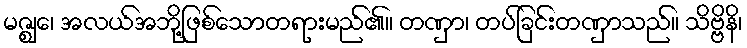
မဇ္ဈေ၊ အလယ်အဘို့ဖြစ်သောတရားမည်၏။ တဏှာ၊ တပ်ခြင်းတဏှာသည်။ သိဗ္ဗိနိ၊